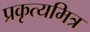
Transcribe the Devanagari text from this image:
प्रकृत्यमित्र